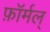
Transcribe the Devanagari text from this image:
फ़ॉर्मल्